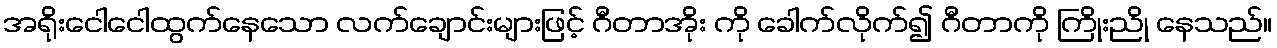
အရိုးငေါငေါထွက်နေသော လက်ချောင်းများဖြင့် ဂီတာအိုး ကို ခေါက်လိုက်၍ ဂီတာကို ကြိုးညို နေသည်။